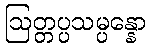
ဩတ္တပ္ပသမ္ပန္နော